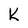
Character: k